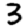
Digit: 3